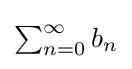
{\textstyle \sum _{n=0}^{\infty }b_{n}}